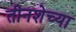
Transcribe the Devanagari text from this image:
तीनशेच्या